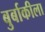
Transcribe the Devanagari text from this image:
बुर्बाकीला